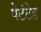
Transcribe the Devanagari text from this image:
पेटंटेड